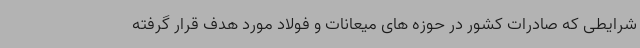
شرایطی که صادرات کشور در حوزه های میعانات و فولاد مورد هدف قرار گرفته